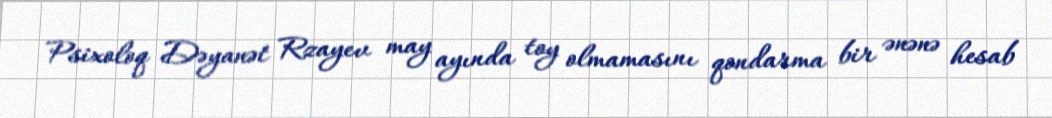
Psixoloq Dəyanət Rzayev may ayında toy olmamasını qondarma bir ənənə hesab